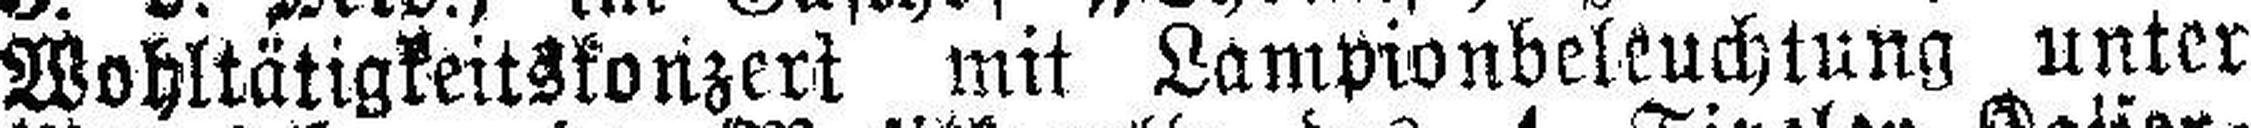
Wohltätigkeitskonzert mit Lampionbeleuchtung unter